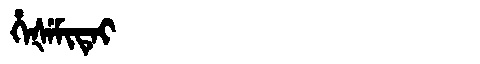
Manchu: ᡥᡝᡧᡝᠮᡳᡨᡝᡳ
Romanization: HEŠEMITEI